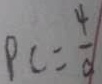
P C = \frac { 4 } { c }